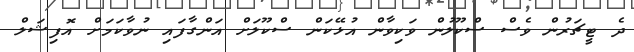
ދެ ޓީޗަރުން ވެސް ސްކޫލުން ވަކިވާން އުޅޭކަން ސްކޫލަށް އަންގާފައި ނުވާކަމަށް އޮފިޝަލް